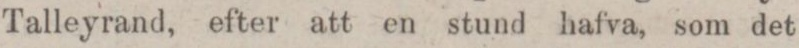
Talleyrand, efter att en stund hafva, som det